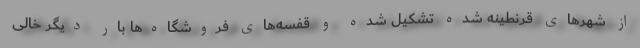
از شهرهای قرنطینه شده تشکیل شده و قفسه‌های فروشگاه‌ها بار دیگر خالی